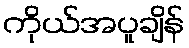
ကိုယ်အပူချိန်